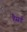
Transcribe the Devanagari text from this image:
हैसर्ड